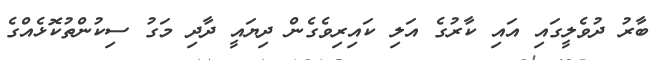
ބާރު ދުވެލީގައި އައި ކާރުގެ އަލި ކައިރިވެގެން ދިޔައީ ދާދި މަގު ސިކުންތުކޮޅެއްގެ